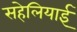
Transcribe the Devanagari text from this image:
सहेलियाई